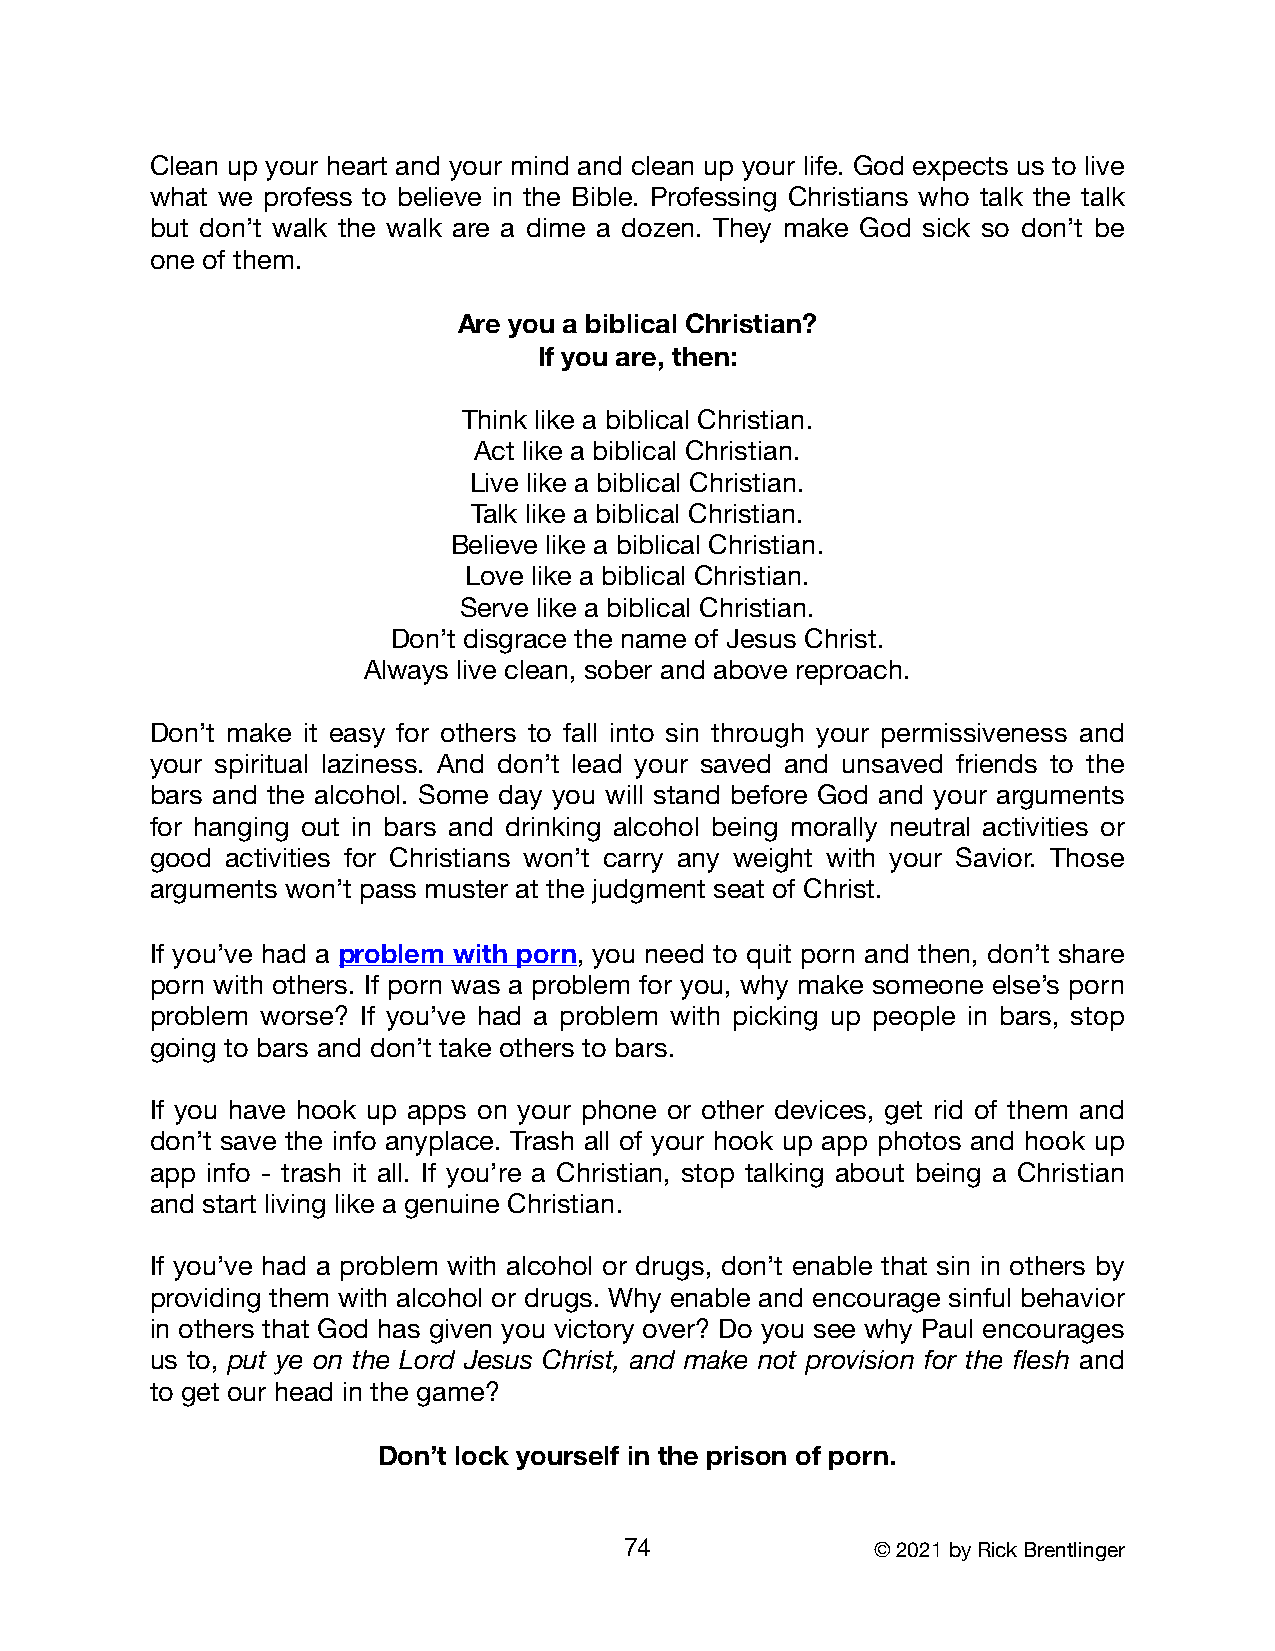
Clean up your heart and your mind and clean up your life. God expects us to live
 what we profess to believe in the Bible. Professing Christians who talk the talk
 but don’t walk the walk are a dime a dozen. They make God sick so don’t be
 one of them.
 Are you a biblical Christian?
 If you are, then:
 Think like a biblical Christian.
 Act like a biblical Christian.
 Live like a biblical Christian.
 Talk like a biblical Christian.
 Believe like a biblical Christian.
 Love like a biblical Christian.
 Serve like a biblical Christian.
 Don’t disgrace the name of Jesus Christ.
 Always live clean, sober and above reproach.
 Don’t make it easy for others to fall into sin through your permissiveness and
 your spiritual laziness. And don’t lead your saved and unsaved friends to the
 bars and the alcohol. Some day you will stand before God and your arguments
 for hanging out in bars and drinking alcohol being morally neutral activities or
 good activities for Christians won’t carry any weight with your Savior. Those
 arguments won’t pass muster at the judgment seat of Christ.
 If you’ve had a problem with porn, you need to quit porn and then, don’t share
 porn with others. If porn was a problem for you, why make someone else’s porn
 problem worse? If you’ve had a problem with picking up people in bars, stop
 going to bars and don’t take others to bars.
 If you have hook up apps on your phone or other devices, get rid of them and
 don’t save the info anyplace. Trash all of your hook up app photos and hook up
 app info - trash it all. If you’re a Christian, stop talking about being a Christian
 and start living like a genuine Christian.
 If you’ve had a problem with alcohol or drugs, don’t enable that sin in others by
 providing them with alcohol or drugs. Why enable and encourage sinful behavior
 in others that God has given you victory over? Do you see why Paul encourages
 us to, put ye on the Lord Jesus Christ, and make not provision for the flesh and
 to get our head in the game?
 Don’t lock yourself in the prison of porn.
 74               © 2021 by Rick Brentlinger